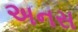
અનસ